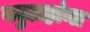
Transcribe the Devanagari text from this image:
बटुग्रहांना